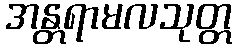
အန္တရာမလသုတ္တ